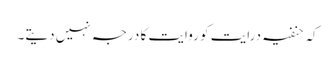
کہ حنفیہ درایت کو روایت کا درجہ نہیں دیتے۔